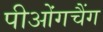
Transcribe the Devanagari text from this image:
पीओंगचैंग